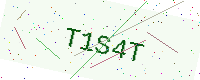
Text: T1S4T